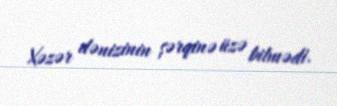
Xəzər dənizinin şərqinə üzə bilmədi.